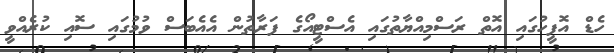
ހެޑް އޮފީހުގައި އޮތް ރަސްމިއްޔާތުގައި އެސްޓީއޯގެ ފަރާތުން އެއެބަސް ވުމުގައި ސޮއި ކުރެއްވީ